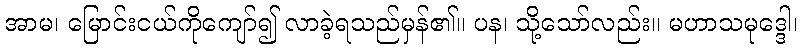
အာမ၊ မြောင်းငယ်ကိုကျော်၍ လာခဲ့ရသည်မှန်၏။ ပန၊ သို့သော်လည်း။ မဟာသမုဒ္ဒေါ၊